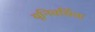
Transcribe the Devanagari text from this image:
यूनिवर्सिता